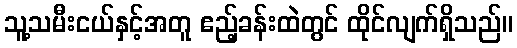
သူ့သမီးငယ်နှင့်အတူ ဧည့်ခန်းထဲတွင် ထိုင်လျက်ရှိသည်။